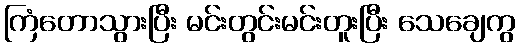
ကြံတောသွားပြီး မင်းတွင်းမင်းတူးပြီး သေချေကွ